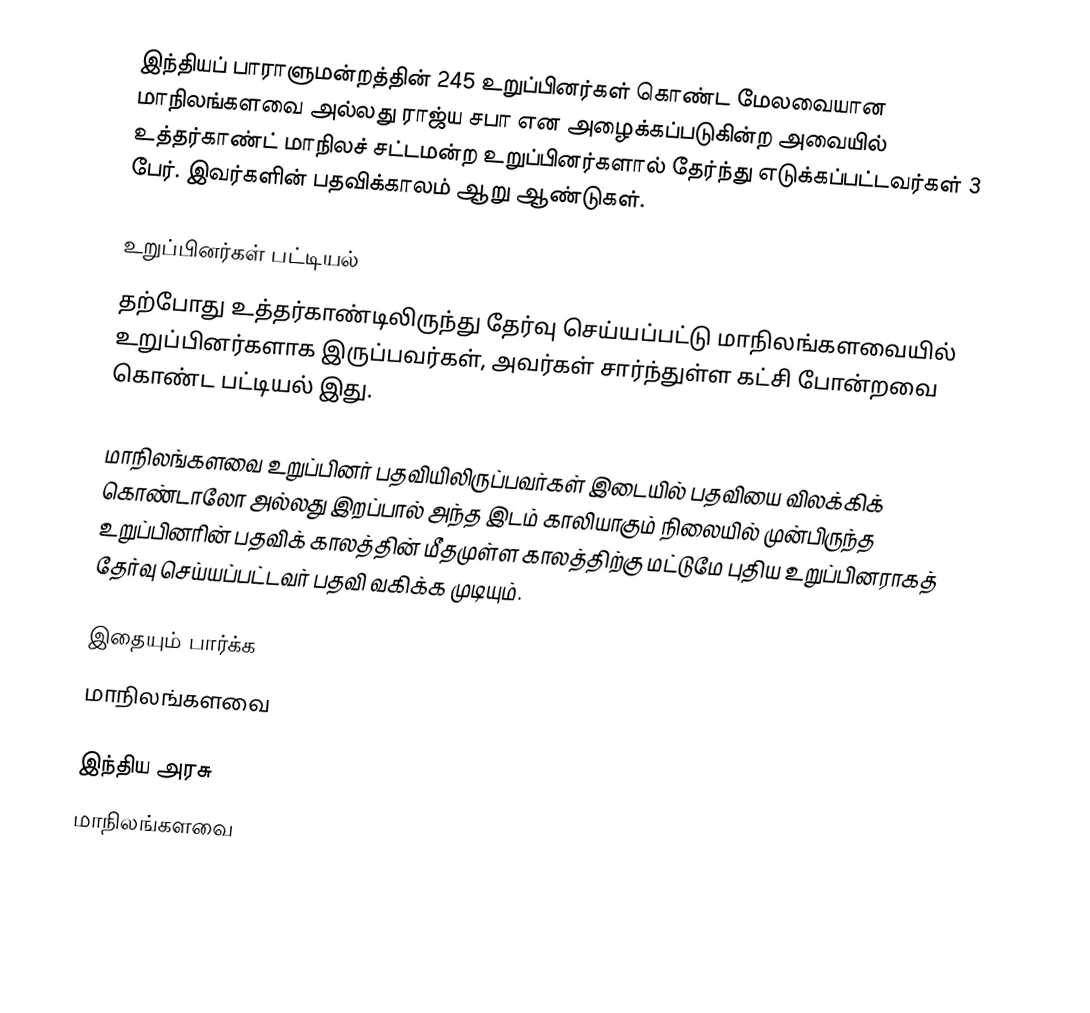
இந்தியப் பாராளுமன்றத்தின் 245 உறுப்பினர்கள் கொண்ட மேலவையான மாநிலங்களவை அல்லது ராஜ்ய சபா  என அழைக்கப்படுகின்ற அவையில் உத்தர்காண்ட் மாநிலச் சட்டமன்ற உறுப்பினர்களால் தேர்ந்து எடுக்கப்பட்டவர்கள் 3 பேர். இவர்களின் பதவிக்காலம் ஆறு ஆண்டுகள்.

உறுப்பினர்கள் பட்டியல்
தற்போது உத்தர்காண்டிலிருந்து தேர்வு செய்யப்பட்டு மாநிலங்களவையில் உறுப்பினர்களாக இருப்பவர்கள், அவர்கள் சார்ந்துள்ள கட்சி போன்றவை கொண்ட பட்டியல் இது.

 மாநிலங்களவை உறுப்பினர் பதவியிலிருப்பவர்கள் இடையில் பதவியை விலக்கிக் கொண்டாலோ அல்லது இறப்பால் அந்த இடம் காலியாகும் நிலையில் முன்பிருந்த உறுப்பினரின் பதவிக் காலத்தின் மீதமுள்ள காலத்திற்கு மட்டுமே புதிய உறுப்பினராகத் தேர்வு செய்யப்பட்டவர் பதவி வகிக்க முடியும்.

இதையும் பார்க்க
மாநிலங்களவை

இந்திய அரசு
மாநிலங்களவை